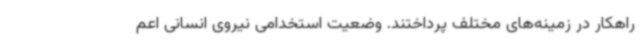
راهکار در زمینه‌های مختلف پرداختند. وضعیت استخدامی نیروی انسانی اعم